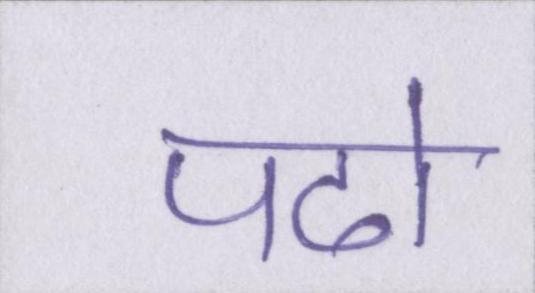
पढो